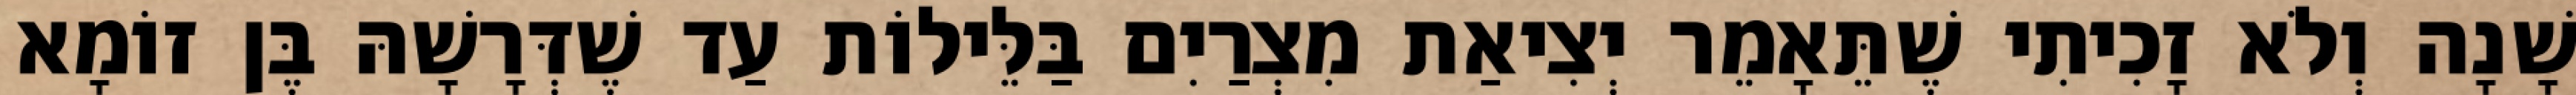
שָׁנָה וְלֹא זָכִיתִי שֶׁתֵּאָמֵר יְצִיאַת מִצְרַיִם בַּלֵּילוֹת עַד שֶׁדְּרָשָׁהּ בֶּן זוֹמָא